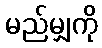
မည်မျှကို